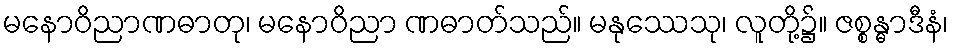
မနောဝိညာဏဓာတု၊ မနောဝိညာ ဏဓာတ်သည်။ မနုဿေသု၊ လူတို့၌။ ဇစ္စန္ဓာဒီနံ၊